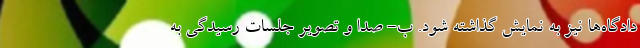
دادگاه‌ها نیز به نمایش گذاشته شود. ب- صدا و تصویر جلسات رسیدگی به